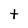
Character: t